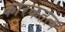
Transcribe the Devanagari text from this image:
कारकतत्व